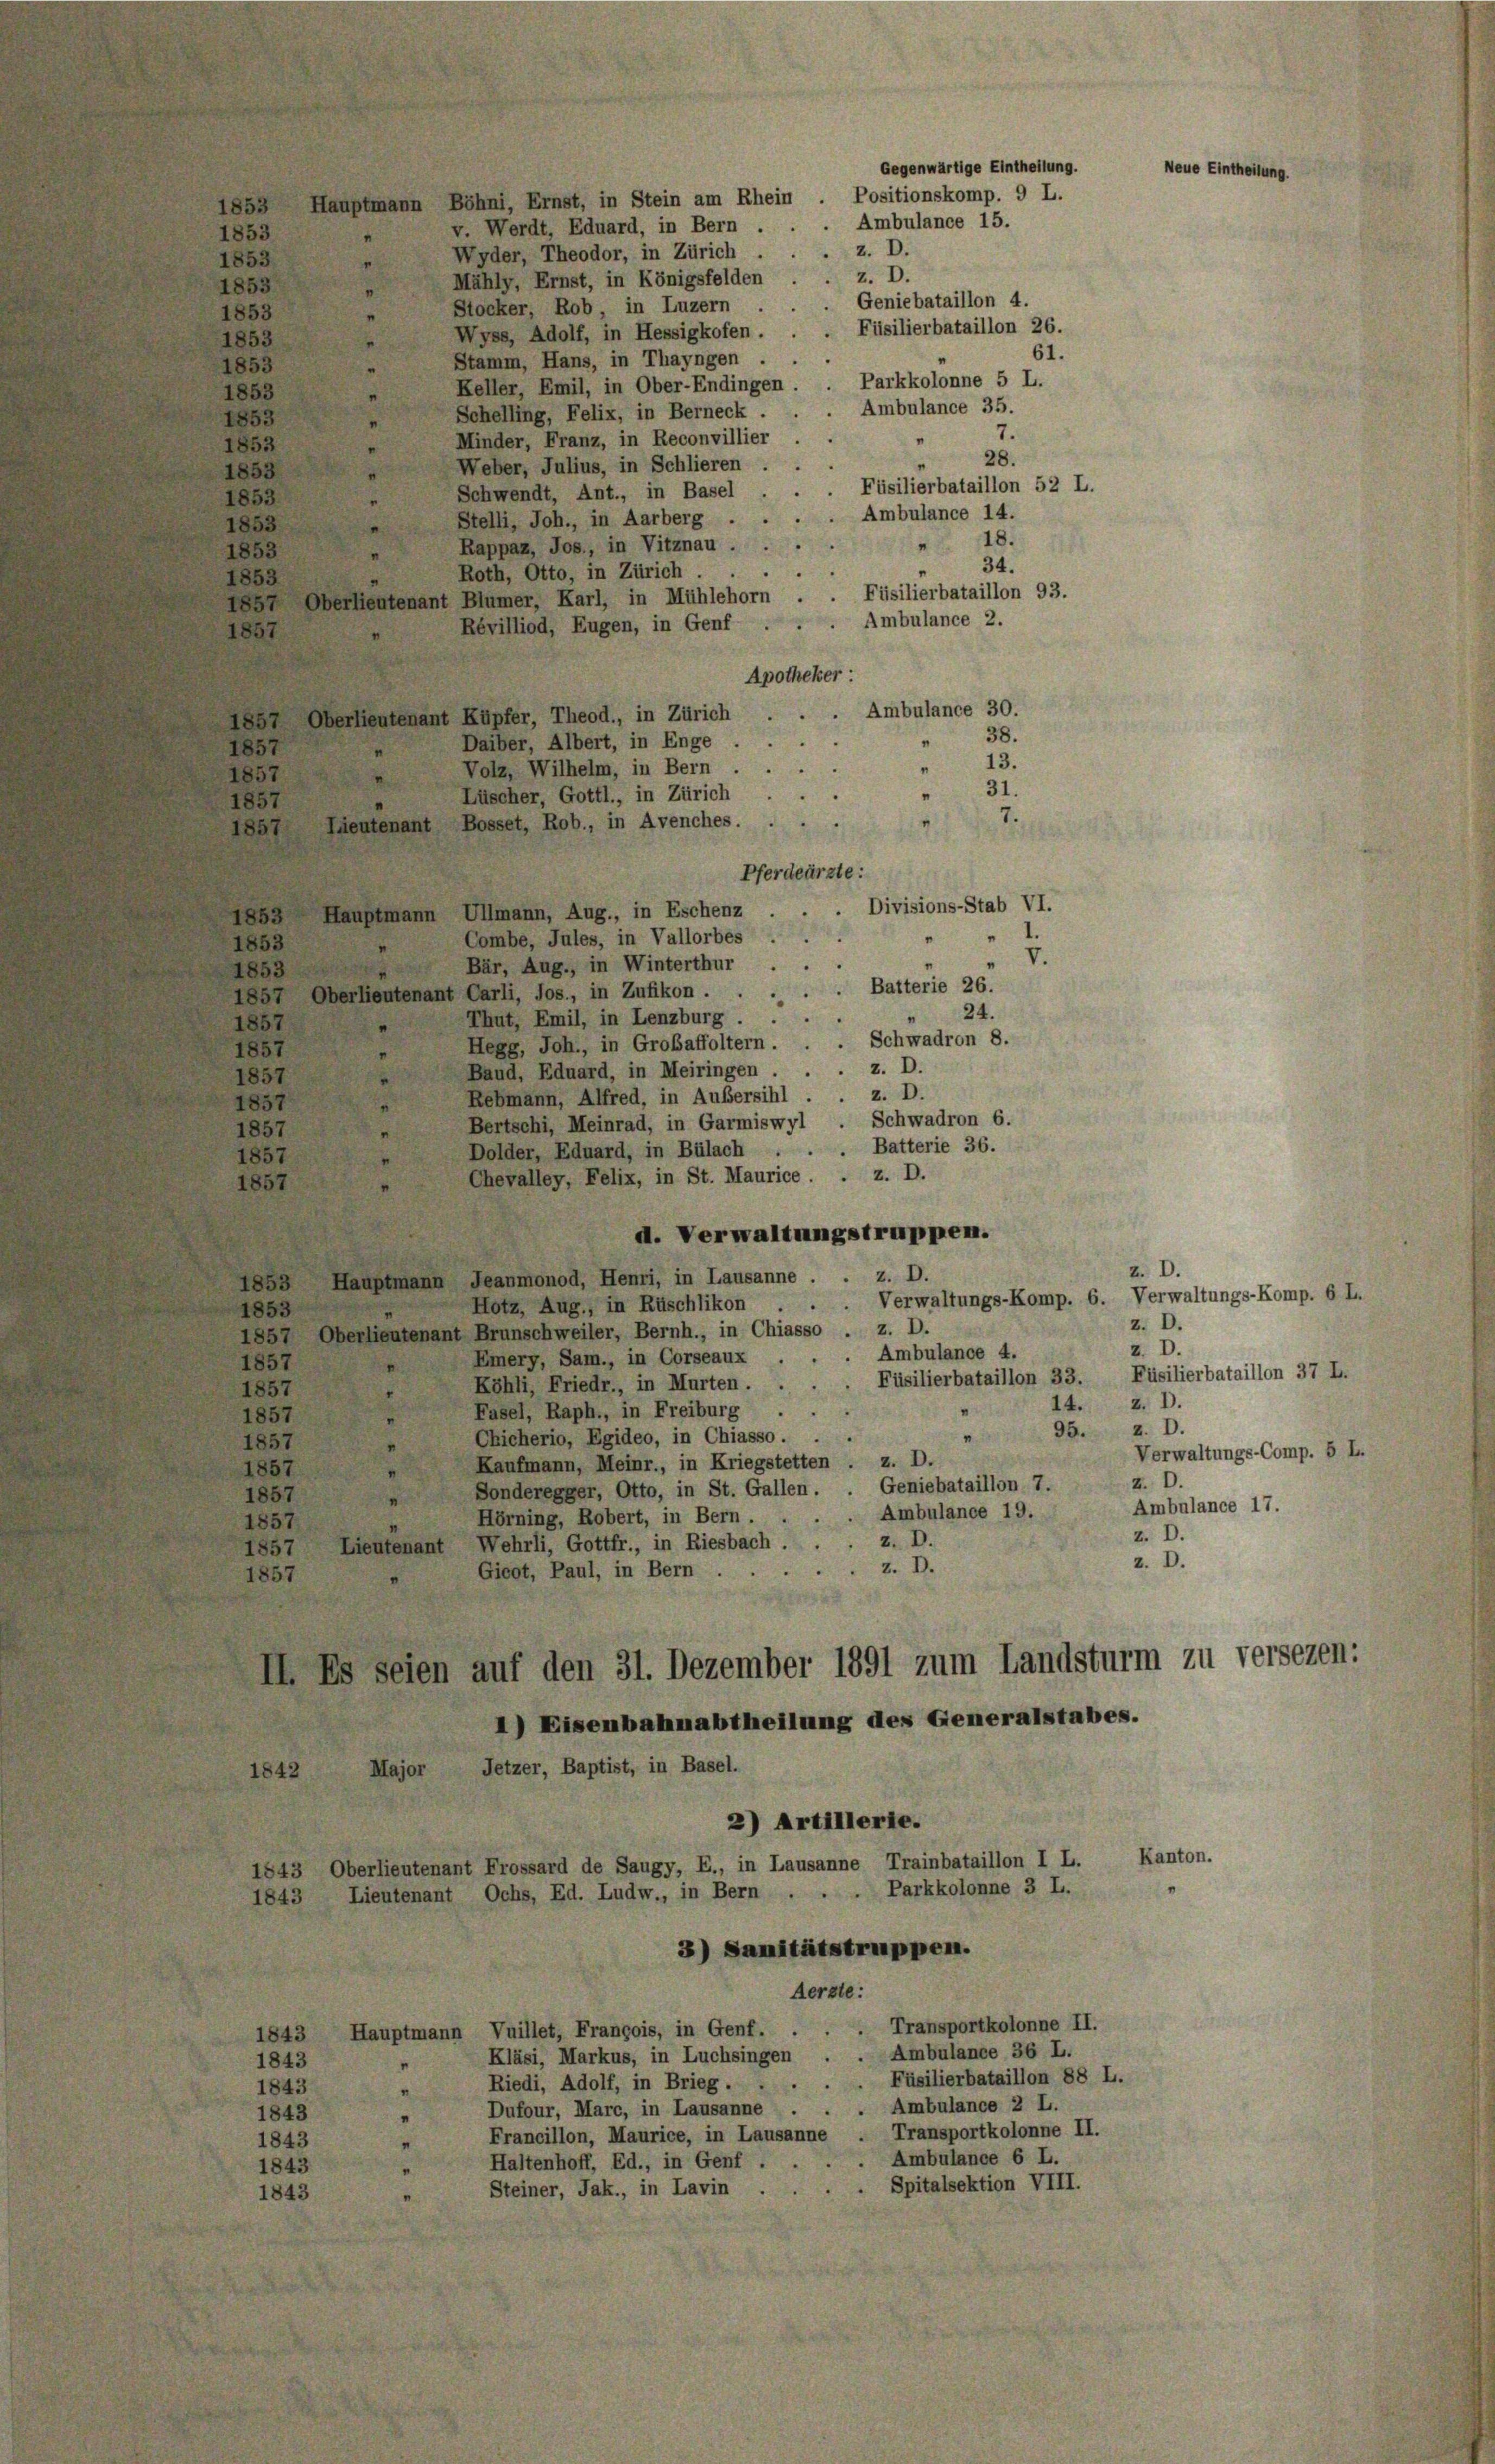
Neue
853 Hauptmann Böhni, Ernst, in Stein am Rhein . Positionskomp. 9 L.
v. Werdt, Eduard, in Bern.
853
Wyder, Theodor, in Zürich
1853
Mähly, Ernst, in Königsfelden
1853
Stocker, Rob, in Luzern
853
 Füsilierbataillon 26.
Wyss, Adolf, in Hessigkofen.
"
853
61.
Stamm, Hans, in Thayngen ...
853
"
Keller, Emil, in Ober-Endingen . . Parkkolonne 5 L.
"
1853
 Ambulance 35.
Schelling, Felix, in Berneck.
1853
"
7.
.
Minder, Franz, in Reconvillier
1853
28.
Weber, Julius, in Schlieren.
1853
Füsilierbataillon 52 L.
Schwendt, Ant., in Basel . .
1853
"
Ambulance 14.
Stelli, Joh., in Aarberg.
1853
" 18.
Rappaz, Jos., in Vitznau.
1853
34.
Roth, Otto, in Zürich.
1853
Füsilierbataillon 93.
1851 Oberlieutenant Blümer, Karl, in Mühlehorn.
Ambulance 2.
Révilliod, Eugen, in Genf
1857
Apotheker :
Ambulance 30.
185, Oberlieutenant Kupfer, Theod., in Zürich
38.
Daiber, Albert, in Enge
1857
13.
Volz, Wilhelm, in Bern.
"
1857
31.
Lüscher, Gottl., in Zürich
1857
Lieutenant Bosset, Rob., in Avenches.
1857
Pferdeürzte:
Divisions-Stab VI.
Hauptmann Ullmann, Aug., in Eschenz
1853
Combe, Jules, in Vallorbes
1853
V.
Bär, Aug., in Winterthur
1853
Batterie 26.
1857 Oberlieutenant Carli, Jos., in Zufikon . .
24.
Thut, Emil, in Lenzburg.
1857
. Schwadron 8.
Hegg, Joh., in Grobaffoltern.
1857
Baud, Eduard, in Meiringen . . . z. D.
1857
Rebmann, Alfred, in Außersihl . . z. D.
1857
Bertschi, Meinrad, in Garmiswyl . Schwadron 6.
1857
Dolder, Eduard, in Bülach . . . Batterie 36.
1857
Z. D.
Chevalley, Felix, in St. Maurice.
1857
d. Verwaltungstruppen.
Z. D.
z. D.
ess Hauptmann Jeanmonod, Henri, in Lausanne
Verwaltungs-Komp. 6. Verwaltungs-Komp. 6 L.
Hotz, Aug., in Rüschlikon
2
1853
z. D.
1857 Oberlieutenant Brunschweiler, Bernh., in Chiasso . z. D.
Z. D.
 Ambulance 4.
Emery, Sam., in Corseaux
1857
Füsilierbataillon 33. Füsilierbataillon 37 L.
Köhli, Friedr., in Murten.
1857
14. 2. D.
Fasel, Raph., in Freiburg ..
1857
95. 2. D.
Ckicherio, Egideo, in Chiasso.
1857
Kaufmann, Meinr., in Kriegstetten . z. D.
1857
Z. D.
Geniebataillon 7.
Sonderegger, Otto, in St. Gallen.
1857
Ambulance 19.
.
Hörning, Robert, in Bern.
1857
Z. D.
z. D.
1857 Lieutenant Wehrli, Gottfr., in Riesbach.
z. D.
z. D.
Gicot, Paul, in Bern.
1857
II. Es seien auf den 31. Dezember 1891 zum Landsturm zu versezen:
1) Eisenbahnabtheilung des Generalstabes.
Major Jetzer, Baptist, in Basel.
1842
2) Artillerie.
Kanton.
1843 Oberlieutenant Frossard de Saugy, E., in Lausanne Trainbataillon I L.
1843 Lieutenant Ochs, Ed. Ludw., in Bern . . . Parkkolonne 3 L.
3) Sanitätstruppen.
Aerzte:
Transportkolonne II.
1843 Hauptmann Vuillet, François, in Genf.
Ambulance 36 L.
Kläsi, Markus, in Luchsingen
1843
I
Füsilierbataillon 88 L.
Riedi, Adolf, in Brieg.
1843
Ambulance 2 L.
Dufour, Marc, in Lausanne .
1843
s
Francillon, Maurice, in Lausanne . Transportkolonne II.
1843
Ambulance 6 L.
Haltenhoff, Ed., in Genf .
1843
Spitalsektion VIII.
Steiner, Jak., in Lavin .
1843

z. D.
z. D.
Geniebataillon 4.

Gegenwärtige Eintheilung.
Ambulance 15.

Verwaltungs-Comp. 5 L.
Ambulance 17.